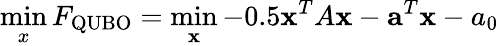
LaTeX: \operatorname*{min}_{x}F_{\mathrm{QUBO}}=\operatorname*{min}_{\mathbf x}-0.5{\mathbf x}^{T}A{\mathbf x}-{\mathbf a}^{T}{\mathbf x}-a_{0}